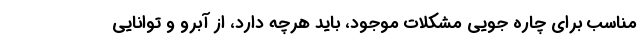
مناسب برای چاره جویی مشکلات موجود، باید هرچه دارد، از آبرو و توانایی